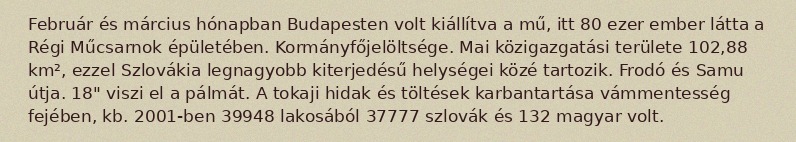
Február és március hónapban Budapesten volt kiállítva a mű, itt 80 ezer ember látta a Régi Műcsarnok épületében. Kormányfőjelöltsége. Mai közigazgatási területe 102,88 km², ezzel Szlovákia legnagyobb kiterjedésű helységei közé tartozik. Frodó és Samu útja. 18" viszi el a pálmát. A tokaji hidak és töltések karbantartása vámmentesség fejében, kb. 2001-ben 39948 lakosából 37777 szlovák és 132 magyar volt.